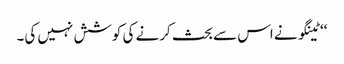
‘‘ٹینگو نے اس سے بحث کرنے کی کوشش نہیں کی۔